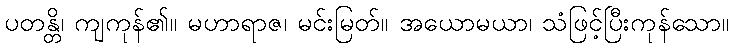
ပတန္တိ၊ ကျကုန်၏။ မဟာရာဇ၊ မင်းမြတ်။ အယောမယာ၊ သံဖြင့်ပြီးကုန်သော။